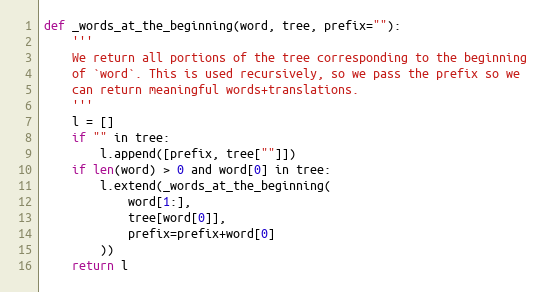
Language: Python
def _words_at_the_beginning(word, tree, prefix=""):
    '''
    We return all portions of the tree corresponding to the beginning
    of `word`. This is used recursively, so we pass the prefix so we
    can return meaningful words+translations.
    '''
    l = []
    if "" in tree:
        l.append([prefix, tree[""]])
    if len(word) > 0 and word[0] in tree:
        l.extend(_words_at_the_beginning(
            word[1:],
            tree[word[0]],
            prefix=prefix+word[0]
        ))
    return l